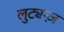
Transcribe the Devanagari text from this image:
लुट्यन्ज़